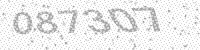
Solution: 087307